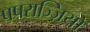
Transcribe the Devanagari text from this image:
पपराज्ज़ियों